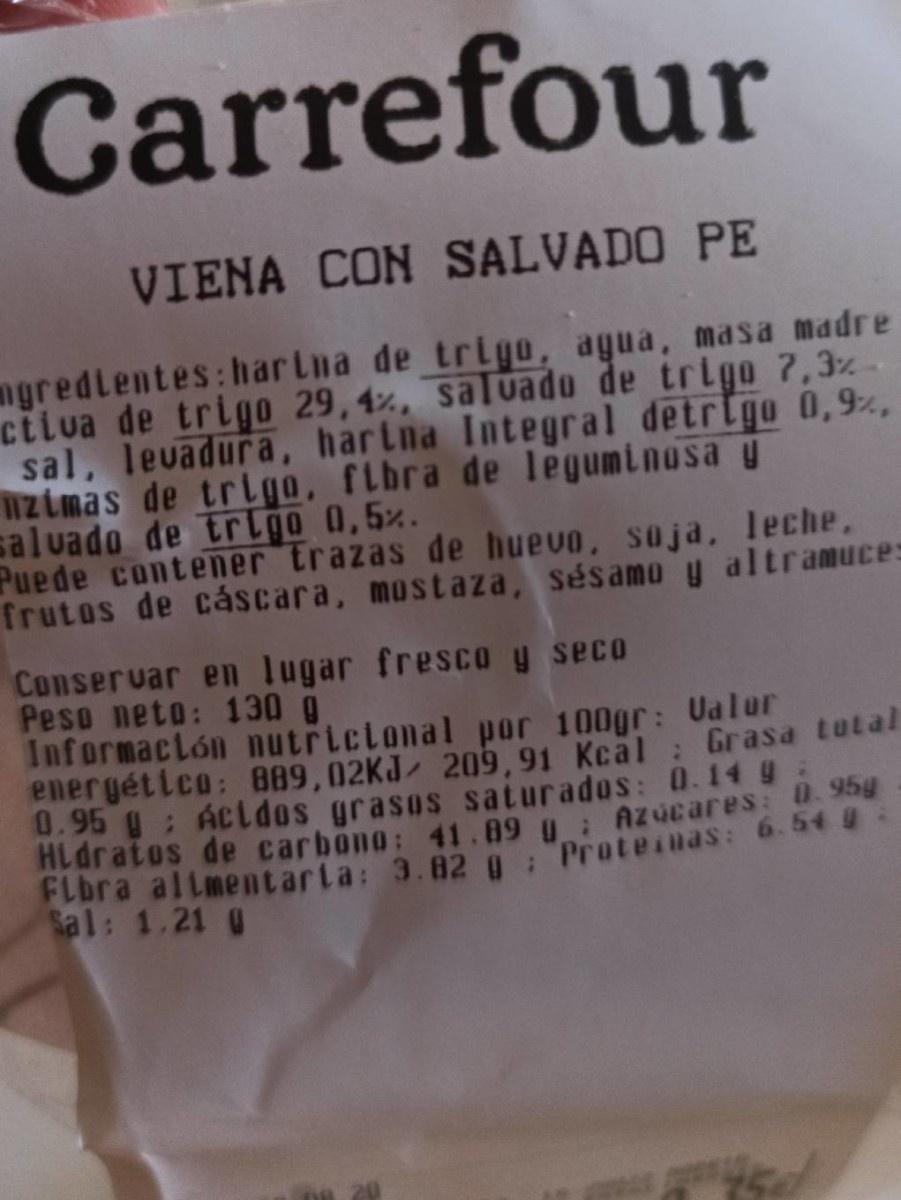
Carrefour
VIENA CON SALVADO PE
ngredlentes:harLna de trigo, agua, masa madre ctiva de trigo 29,4%, saluado de trigo 7,3z sal, levadura, hartna Integral detrigo 0,9, 1zimas de triqo, flbra de leguminosa y saluado de trlgo 0,5%. Puede contener trazas de huevo, soja, leche, frutos de cáscara, mostaza, sésamo y altramuce:
Conservar en lugar fresco y seco Peso neto: 130 g. Informactón nutrictonal por 100gr: Ualur energético: 889,02KJ 209,91 Kcal : Grasa tatal 0.95 g: Acldos grasos saturados: 0.14 9 HL dratos de carbono: 41.89 : Azucares: 0.95g FLbra altment arta: 3.82 g : "Proteiuas: 6. 54 #: Sal: 1.21